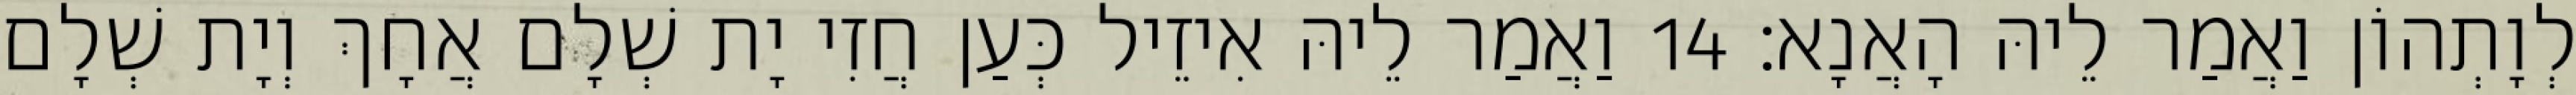
לְוָתְהוֹן וַאֲמַר לֵיהּ הָאֲנָא׃ 14 וַאֲמַר לֵיהּ אִיזֵיל כְּעַן חֲזִי יָת שְׁלָם אֲחָךְ וְיָת שְׁלָם